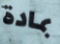
بمادة